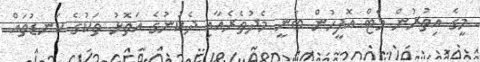
މީގެ އިތުރުން މެޓް އޮފީހުން ބުނީ މެދުތެރެއާއި ދެކުނުގެ އަތޮޅު ތަކުގެ ކަނޑުތައް